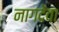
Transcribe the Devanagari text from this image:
नागदेवा